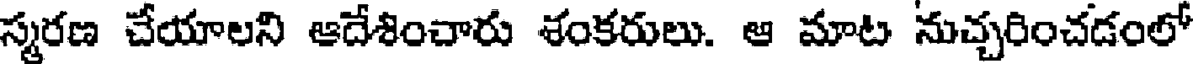
స్మరణ చేయాలని ఆదేశించారు శంకరులు. ఆ మాట నుచ్చరించడంలో